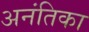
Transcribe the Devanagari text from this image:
अनंतिका